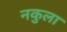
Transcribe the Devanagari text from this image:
नकुला